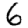
Digit: 6